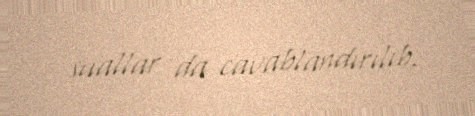
suallar da cavablandırılıb.